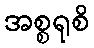
အစ္စရုစိ